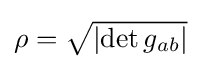
{\textstyle \rho ={\sqrt {\left|\det g_{ab}\right|}}}